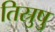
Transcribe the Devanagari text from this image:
तिस्रुषु